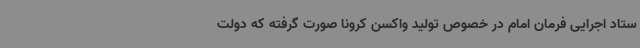
ستاد اجرایی فرمان امام در خصوص تولید واکسن کرونا صورت گرفته که دولت